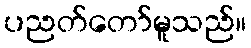
ပညတ်တော်မူသည်။